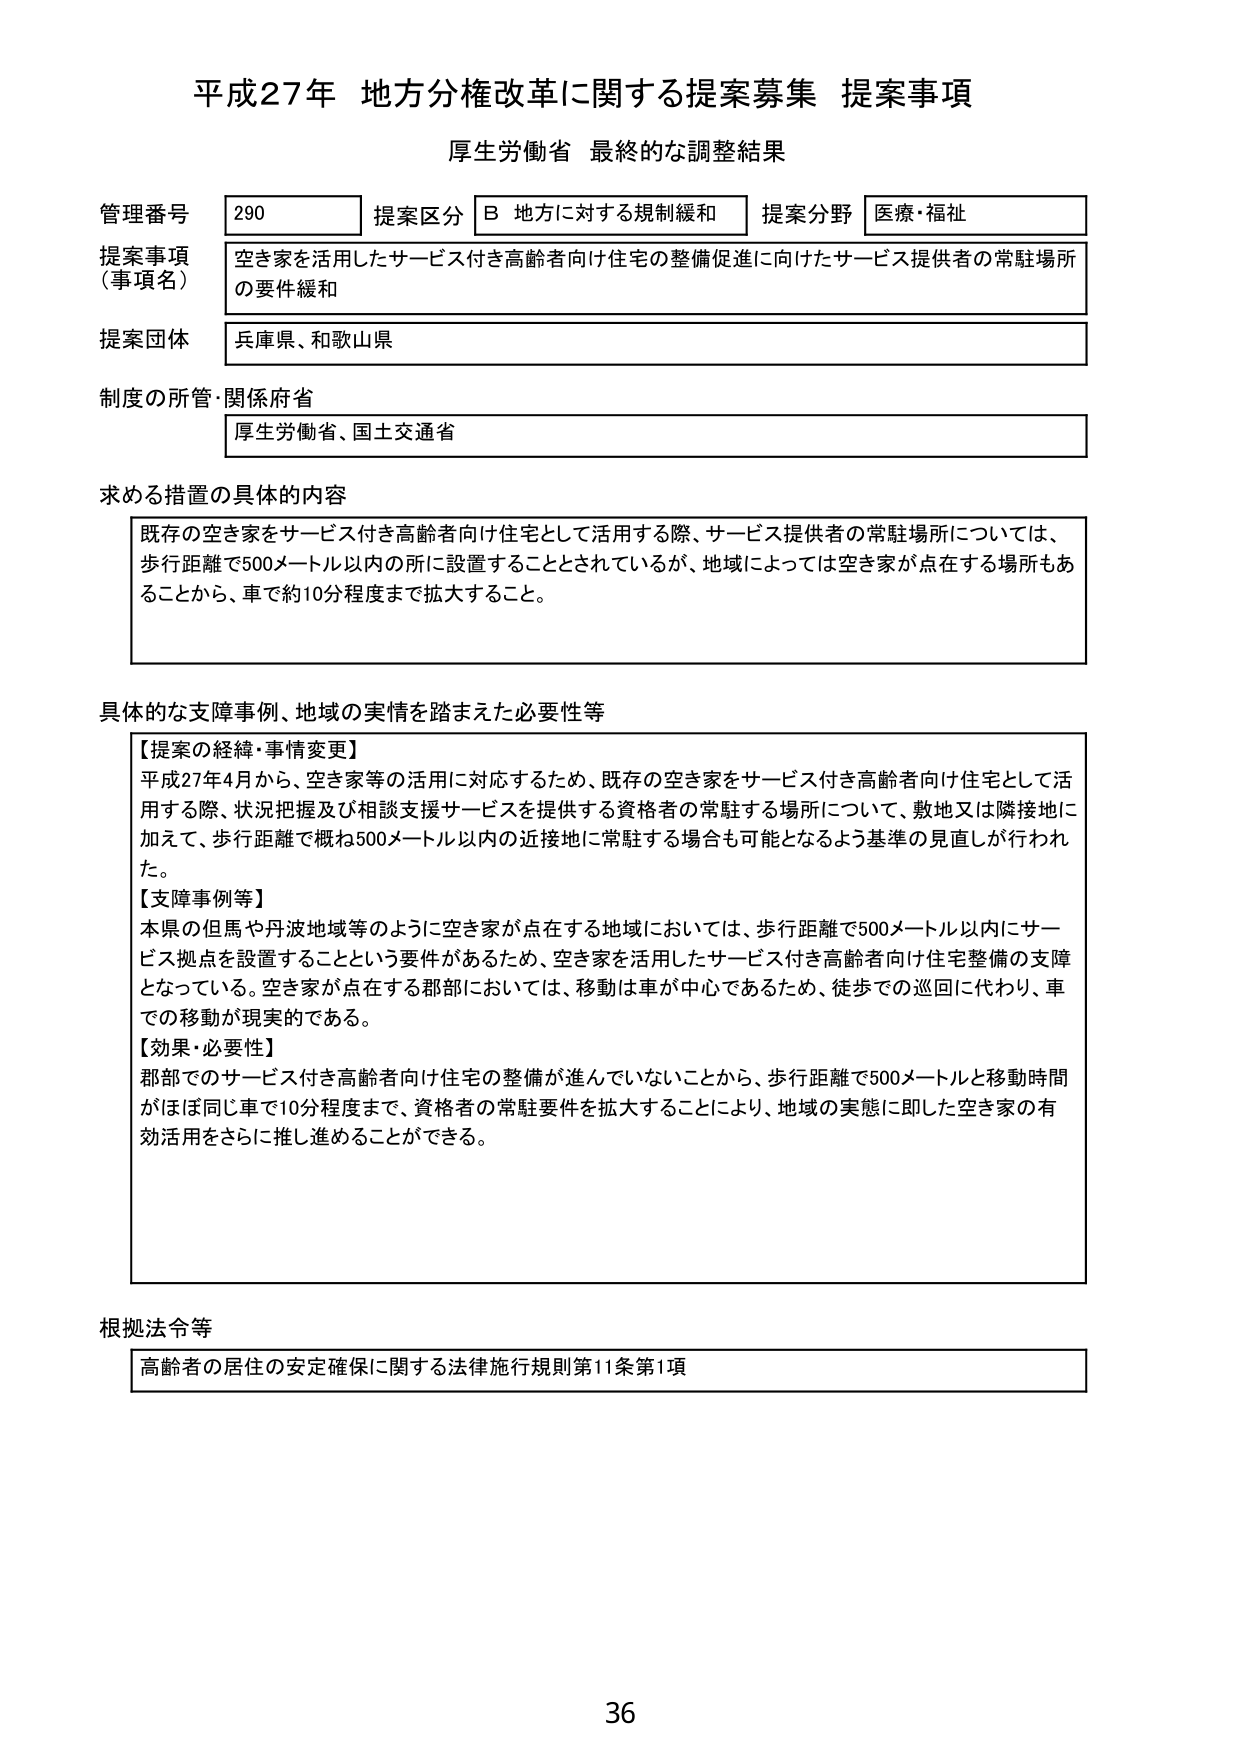
平成27年 地方分権改革に関する提案募集 提案事項
厚生労働省 最終的な調整結果

管理番号 290
提案区分 B 地方に対する規制緩和
提案分野 医療・福祉

提案事項（事項名）
空き家を活用したサービス付き高齢者向け住宅の整備促進に向けたサービス提供者の常駐場所の要件緩和

提案団体
兵庫県、和歌山県

制度の所管・関係府省
厚生労働省、国土交通省

求める措置の具体的内容
既存の空き家をサービス付き高齢者向け住宅として活用する際、サービス提供者の常駐場所については、歩行距離で500メートル以内の所に設置することとされているが、地域によっては空き家が点在する場所もあることから、車で約10分程度まで拡大すること。

具体的な支障事例、地域の実情を踏まえた必要性等
【提案の経緯・事情変更】
平成27年4月から、空き家等の活用に対応するため、既存の空き家をサービス付き高齢者向け住宅として活用する際、状況把握及び相談支援サービスを提供する資格者の常駐する場所について、敷地又は隣接地に加えて、歩行距離で概ね500メートル以内の近接地に常駐する場合も可能となるよう基準の見直しが行われた。
【支障事例等】
本県の但馬や丹波地域等のように空き家が点在する地域においては、歩行距離で500メートル以内にサービス拠点を設置することという要件があるため、空き家を活用したサービス付き高齢者向け住宅整備の支障となっている。空き家が点在する郡部においては、移動は車が中心であるため、徒歩での巡回に代わり、車での移動が現実的である。
【効果・必要性】
郡部でのサービス付き高齢者向け住宅の整備が進んでいないことから、歩行距離で500メートルと移動時間がほぼ同じ車で10分程度まで、資格者の常駐要件を拡大することにより、地域の実態に即した空き家の有効活用をさらに推し進めることができる。

根拠法令等
高齢者の居住の安定確保に関する法律施行規則第11条第1項

36